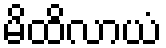
မိထိလာယံ